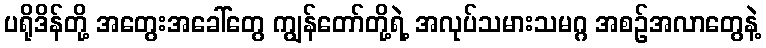
ပရိုဒိန်တို့ အတွေးအခေါ်တွေ ကျွန်တော်တို့ရဲ့ အလုပ်သမားသမဂ္ဂ အစဉ်အလာတွေနဲ့